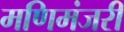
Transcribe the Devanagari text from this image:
मणिमंजरी